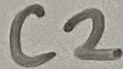
Text: C2